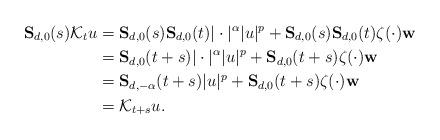
LaTeX: \begin{align*}\mathbf{S}_{d,0}(s)\mathcal{K}_{t}u&=\mathbf{S}_{d,0}(s)\mathbf{S}_{d,0}(t)|\cdot|^{\alpha}|u|^p+\mathbf{S}_{d,0}(s)\mathbf{S}_{d,0}(t)\zeta(\cdot)\mathbf{w}\\&=\mathbf{S}_{d,0}(t+s)|\cdot|^{\alpha}|u|^p+\mathbf{S}_{d,0}(t+s)\zeta(\cdot)\mathbf{w}\\&=\mathbf{S}_{d,-\alpha}(t+s)|u|^p+\mathbf{S}_{d,0}(t+s)\zeta(\cdot)\mathbf{w}\\&=\mathcal{K}_{t+s}u.\end{align*}